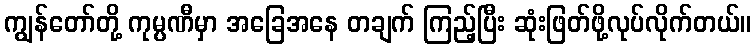
ကျွန်တော်တို့ ကုမ္ပဏီမှာ အခြေအနေ တချက် ကြည့်ပြီး ဆုံးဖြတ်ဖို့လုပ်လိုက်တယ်။